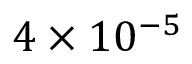
4 \times 1 0 ^ { - 5 }